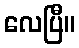
လေပြီ။